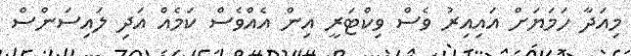
މިއަދާ ހަމަޔަށް އައިއިރު ވެސް ވިކްޓަރީ އިން އެއްވެސް ކަމެއް އަދި ލައިސަންސް